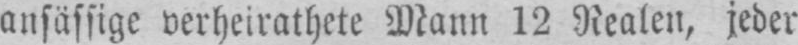
ansässige verheiratete Mann 12 Realen, jeder